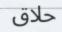
حلاق